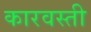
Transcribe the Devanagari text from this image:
कारवस्ती